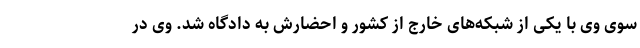
سوی وی با یکی از شبکه‌های خارج از کشور و احضارش به دادگاه شد. وی در